Vital statistics of India. Vol. IV, Annual returns from 1871 to 1876. British Army of India, Native Army and jails of Bengal
Year: 1871
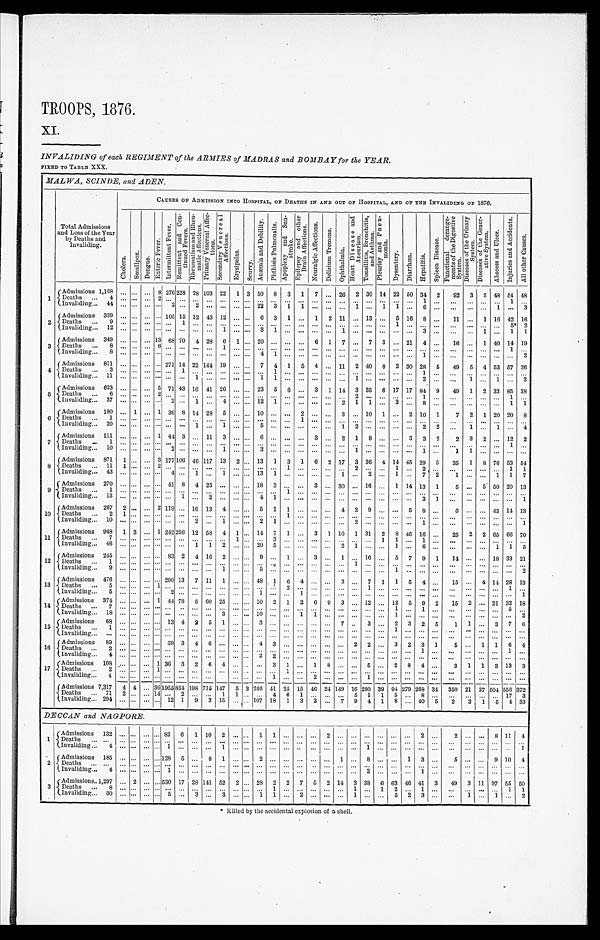
TROOPS 1876.
XI.
INVALIDING of each REGIMENT of the ARMIES of MADRAS and BOMBA Y for the YEAR.
FIXED TO TABLE XXX.
MALWA, SCINDE, and ADEN.
Total Admissions
and Loss of the Year
by Deaths and
Invaliding.
CAUSES OF ADMISSION INTO HOSPITAL, OF DEATHS IN AND OUT OF HOSPITAL, AND OF THE INVALIDING OF 1876.
C h o l e r a .
S m a l l p o x . D e n g u e .
E n t e r i c F e v e r .
I n t e r m i t t e n t F e v e r .
R e m i t t e n t a n d C o n -
t i n u e d F e v e r s .
R h e u m a t i s m a n d R h e u -
m a t i c A f f e c t i o n s .
P r i m a r y V e n e r e a l A f f e c -
t i o n s .
S e c o n d a r y V e n e r e a l
A f f e c t i o n s . E r y s i p e l a s .
S c u r v y .
A n æ m i a a n d D e b i l i t y .
P h t h i s i s P u l m o n a l i s .
A p o p l e x y a n d S u n -s
t r o k e .
E p i l e p s y a n d o t h e r
B r a i n A f f e c t i o n s .
N e u r a l g i c A f f e c t i o n s .
D e l i r i u m T r e m e n s .
O p h t h a l m i a .
H e a r t D i s e a s e a n d
A n e u r i s m . T o n s i l l i t i s , B r o n c h i t i s ,
a n d A s t h m a .
P l e u r i s y a n d P n e u -
m o n i a .
D y s e n t e r y . D i a r r h œ a . H e p a t i t i s .
S p l e e n D i s e a s e .
F u n c t i o n a l d e r a n g e -
m e n t s o f t h e D i g e s t i v e
S y s t e m . D i s e a s e s o f t h e U r i n a r y
S y s t e m . D i s e a s e s o f t h e G e n e r -
a t i v e S y s t e m .
A b s c e s s a n d U l c e r .
I n j u r i e s a n d A c c i d e n t s .
A l l o t h e r C a u s e s .
1
Admissions 1,168
8 276 228 28 103 22 1 3 50 8 3 1 7
26 2 30 14 22 50 34 2 92 3 5 48 54 48
D e a t h s 4
2
1
1
Invaliding 44
2
2
22 3 1 1
1
1 1
6
1
3
2
Admissions 339
105 15 12 43 12
6 3 1
1 2 11
13
5 16 8
11
1 16 42 16
D e a t h s 9
1
1
5* 2
I n v a l i d i n g 1 2
1
3 1
1
3
1 1
1
3
Admissions 349
13 68 70 4 28 6 1 20
6 1 7
7 3
21 4
16
1 40 14 19
D e a t h s 8
6
1
1
I n v a l i d i n g 8
4 1
1
2
4
Admissions 811
271 14 22 144 19
7 4 1 5 4
1 1 2 40 8 2 30 28 5 49 5 4 53 57 26
D e a t h s 3
1
1
1
I n v a l i d i n g 1 1
1
1 1
1
2
1
1
3
5
Admissions 633
5 71 43 16 41 26
23 5 6
3 1 14 3 35 6 17 17 84 9 49 1 2 33 85 3 8
D e a t h s 6
2
2
1
1
Invaliding 37
2
1
4
12 1
2 1 1
3
8
1
1
6
Admissions 190
1
1 36 8 14 28 5
10
2
3
10 1
2 10 1 7 2 1 20 20 8
D e a t h s 1
1
I n v a l i d i n g 2 0
1
1
5
1 2
2 2
1
1
4
7 Admissions 111
1 44 3
11 3
6
3
2 1 8
3 3 2 2 3 2
12 2
Deaths 1
1
Invaliding 10
2
1
3
1
1
1 1
8 Admissions 871 1
3 177 106 46 117 13 2 13 1 3 1 6 2 17 3 36 4 14 45 29 5 35 1 8 76 53 54
D e a t h s 1 1 1
2
1
2
1
2
1
1
Invaliding 43
4
1
1
13 1
1
2
1
7 2 1
1 1 7
9 Admissions 270
41 8 4 25
18 3
3
30
16
1 14 13 1 5
5 50 20 13
D e a t h s 1
1
Invaliding 13
1
2
4 1
3 1
1
1 0 Admissions 267 2
2 119 16 13 4
5 1 1
4 2 9
5 8
6
43 14 13
D e a t h s 2 1
1
I n v a l i d i n g 1 0
2
1
2 1
2
1
1
1 1 Admissions 948 1 3
1 242 256 12 58 4 1 14 7 1
3 1 10 1 31 2 8 46 16
25 2 2 65 66 70
D e a t h s 7
1
3
1 1
1
I n v a l i d i n g 4 6
1 1
2
2 0 5
2 1
1
6
1 1 5
12 Admissions 245
83 2 4 16 2
9
1
3
1
16
5 7 9 1 14
18 33 21
Deaths 1
1
I n v a l i d i n g 9
1
5
1
2
13 Admissions 476
290 13 7 11 1
48 1 6 4
3
7 1 1 5 4
15
4 14 28 13
Deaths 5
1
2
1
1
Invaliding 5
2
1
1
1
14
A d m i s s i o n s 3 7 4
1 4 4 78 5 60 25
10 2 1 2 6 9 3
12
12 5 9 2 15 2
21 32 18
Deaths 7
1
1
5
I n v a l i d i n g 1 8
3
1 0
1 1
1
2
1 5 Admissions 68
13 4 2 5 1
3
7
3
2 3 2 5 1 1
3 7 6
D e a t h s 1
1
I n v a l i d i n g 4
16 Admissions 89
3 9 3 4 6
4 3
2 2
3 2 3 1
5
1 1 6
4
Deaths 2
1
1
Invaliding 4
2 2
17 Admissions 108
1 36 3 2 6 4
3 1
1 8
5
2 8 4
3 1 1 3 13 3
Deaths 2
1
1
Invaliding 4
1
2
1
Admissions 7,317 4 4 36 1955 854 198 715 147 5 3 246 41 25 15 46 24 149 16 280 39 94 279 268 34 350 21 37 504 556 372
Deaths 71 2
14
2
1 1
4 6 1
5 1 1 5
8
17 3
Invaliding 294
12 1 9 3 15
107 18 1 3 3
7 9 4 1 8
40 5 2 3 1 5 4 33
DECCAN and NAGPORE.
1 Admissions 132
82 6 1 10 2
1 1
2
2
2
8 11 4
Deaths
Invaliding 4
1
1
1
1
2 Admissions 185
128 5
8 1
2
1
8
1 3
5
9 10 4
Deaths
Invaliding 4
1
2
1
3 Admissions 1, 297
2
530 17 28 141 52 2 28 2 2 7 5 2 14 3 38 6 63 46 41 33 49 3 11 97 55 50
De a t h s 8
1
1
1 2
1
1 1
Invaliding 30
5
3
3
1 1
2
1
5 2 3
1
1 2
* Killed by the accidental explosion of a shell.